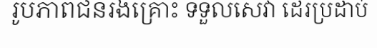
រូបភាពជនរងគ្រោះ ទទួលសេវា ដេរប្រដាប់